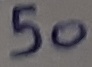
Text: 50